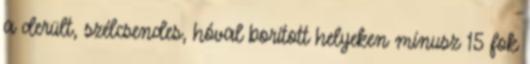
a derült, szélcsendes, hóval borított helyeken mínusz 15 fok